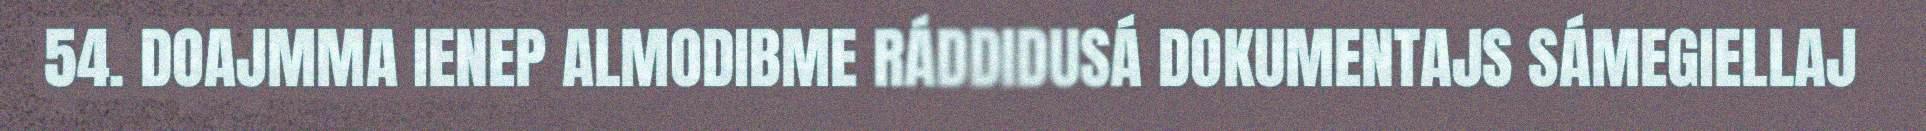
54. DOAJMMA IENEP ALMODIBME RÁDDIDUSÁ DOKUMENTAJS SÁMEGIELLAJ